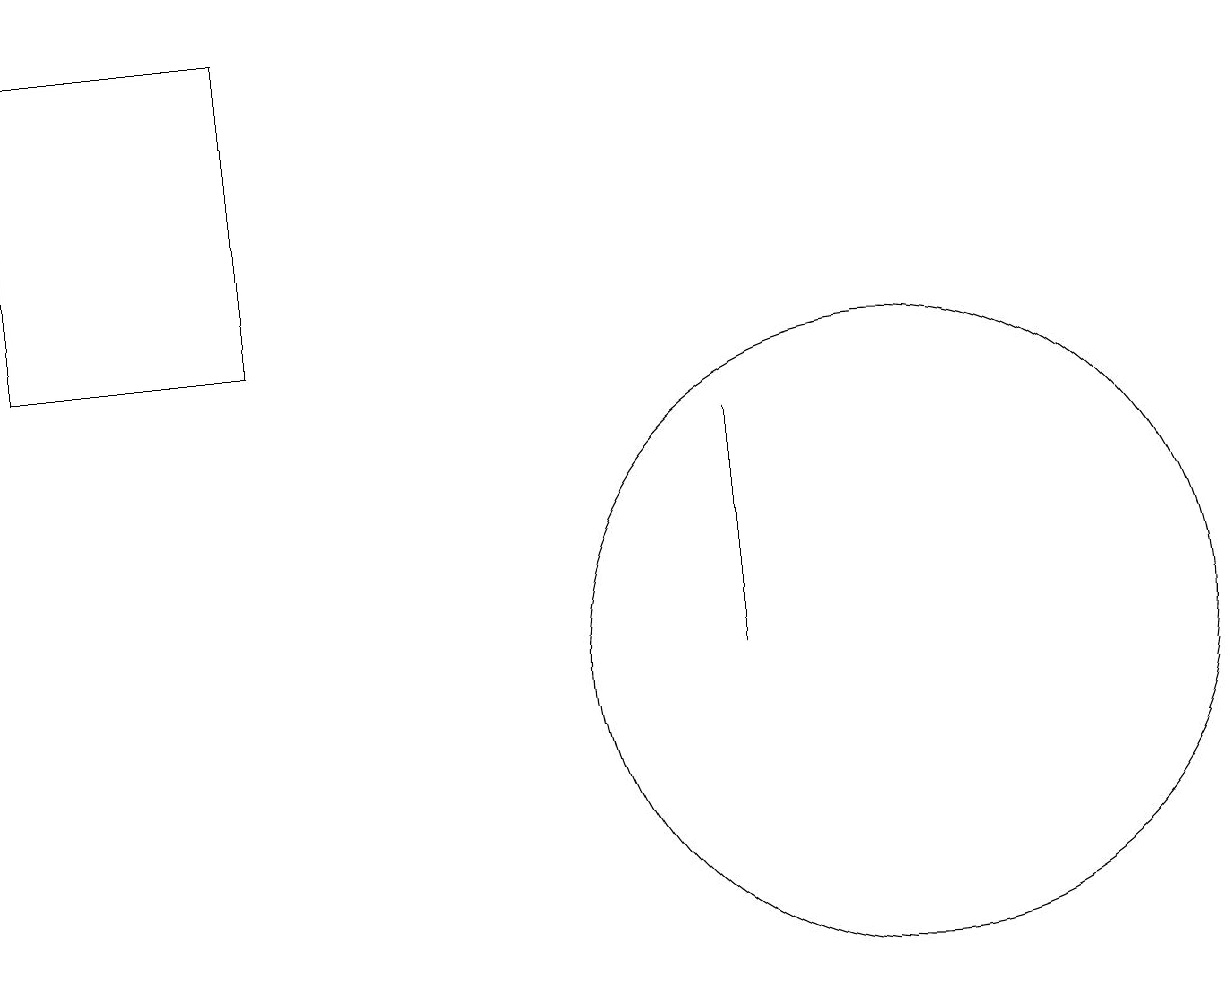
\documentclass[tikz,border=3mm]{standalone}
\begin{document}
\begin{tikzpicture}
\draw (11,11) circle (4);
\draw (3,15) rectangle (0,19);
\draw (9,14) rectangle (9,11);
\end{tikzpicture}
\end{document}